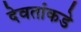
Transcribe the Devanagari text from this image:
देवतांकडे